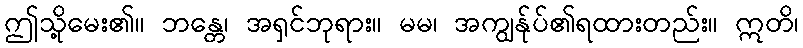
ဤသို့မေး၏။ ဘန္တေ၊ အရှင်ဘုရား။ မမ၊ အကျွန်ုပ်၏ရထားတည်း။ ဣတိ၊